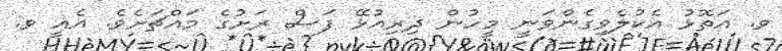
ވ. އަތޮޅު އެކުލެވިގެންވަނީ މީހުން ދިރިއުޅޭ ފަސް ރަށުގެ މައްޗަށެވެ. އެއީ ވ.